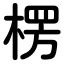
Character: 楞